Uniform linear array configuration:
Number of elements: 48
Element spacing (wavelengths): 0.75
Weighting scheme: cosine
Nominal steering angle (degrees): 0
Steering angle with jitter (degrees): -0.715
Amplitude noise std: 0.05
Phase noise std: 0.05

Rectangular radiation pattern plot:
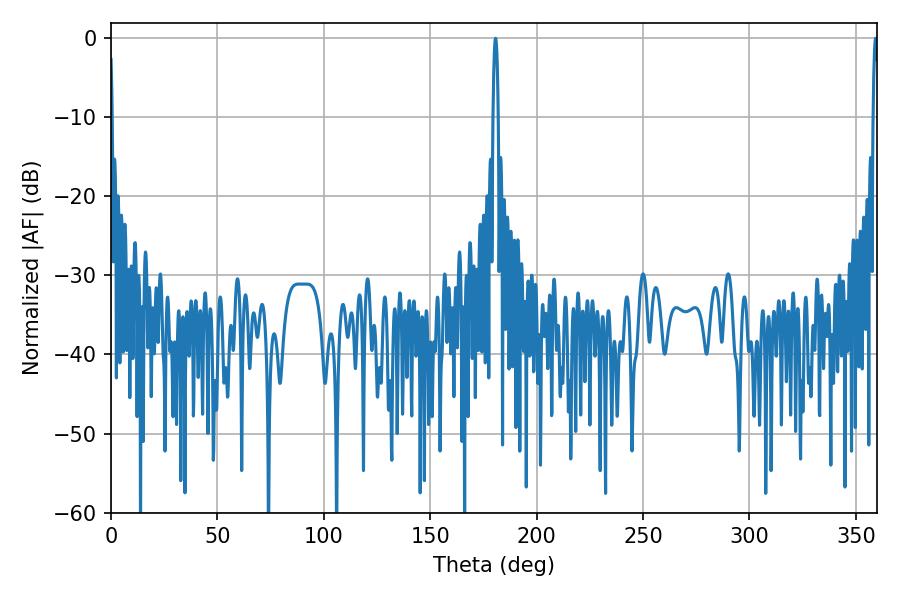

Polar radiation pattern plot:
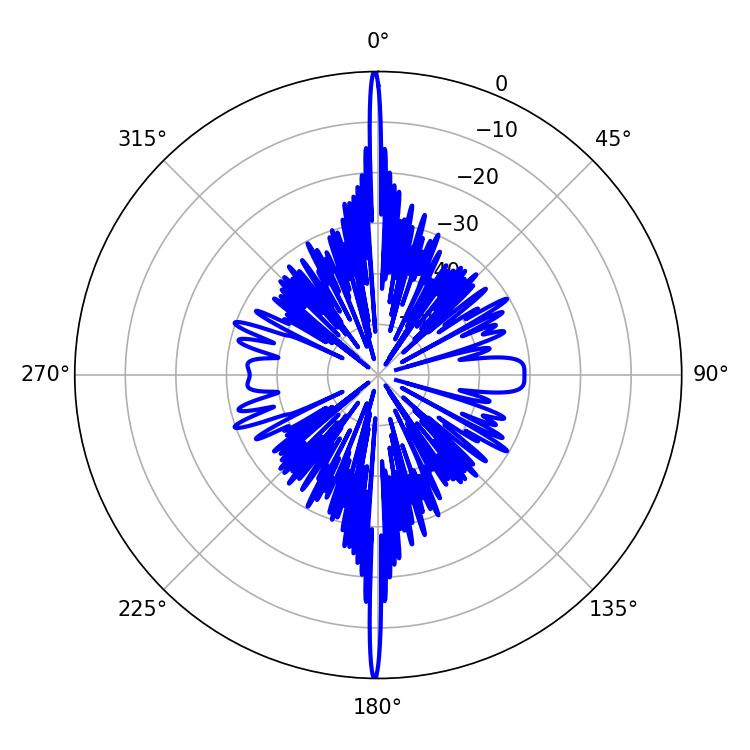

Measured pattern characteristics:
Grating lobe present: TRUE
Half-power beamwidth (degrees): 1.26
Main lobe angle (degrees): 359.28